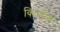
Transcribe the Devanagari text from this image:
किर्चाफ़